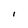
Character: l